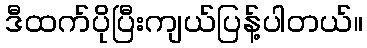
ဒီထက်ပိုပြီးကျယ်ပြန့်ပါတယ်။